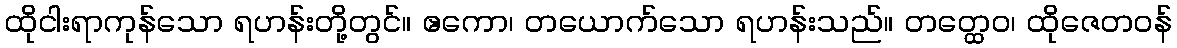
ထိုငါးရာကုန်သော ရဟန်းတို့တွင်။ ဧကော၊ တယောက်သော ရဟန်းသည်။ တတ္ထေဝ၊ ထိုဇေတဝန်